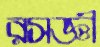
রসজ্ঞী